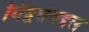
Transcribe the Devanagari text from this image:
विद्वत्तेबद्दल